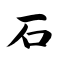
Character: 石